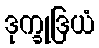
ဒုက္ခုဒြယံ